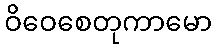
ဝိဝေစေတုကာမော